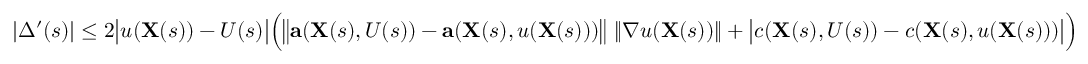
| \Delta ^ { \prime } ( s ) | \leq 2 { \big | } u ( \mathbf { X } ( s ) ) - U ( s ) { \big | } { \Big ( } { \big \| } \mathbf { a } ( \mathbf { X } ( s ) , U ( s ) ) - \mathbf { a } ( \mathbf { X } ( s ) , u ( \mathbf { X } ( s ) ) ) { \big \| } \ \| \nabla u ( \mathbf { X } ( s ) ) \| + { \big | } c ( \mathbf { X } ( s ) , U ( s ) ) - c ( \mathbf { X } ( s ) , u ( \mathbf { X } ( s ) ) ) { \big | } { \Big ) }